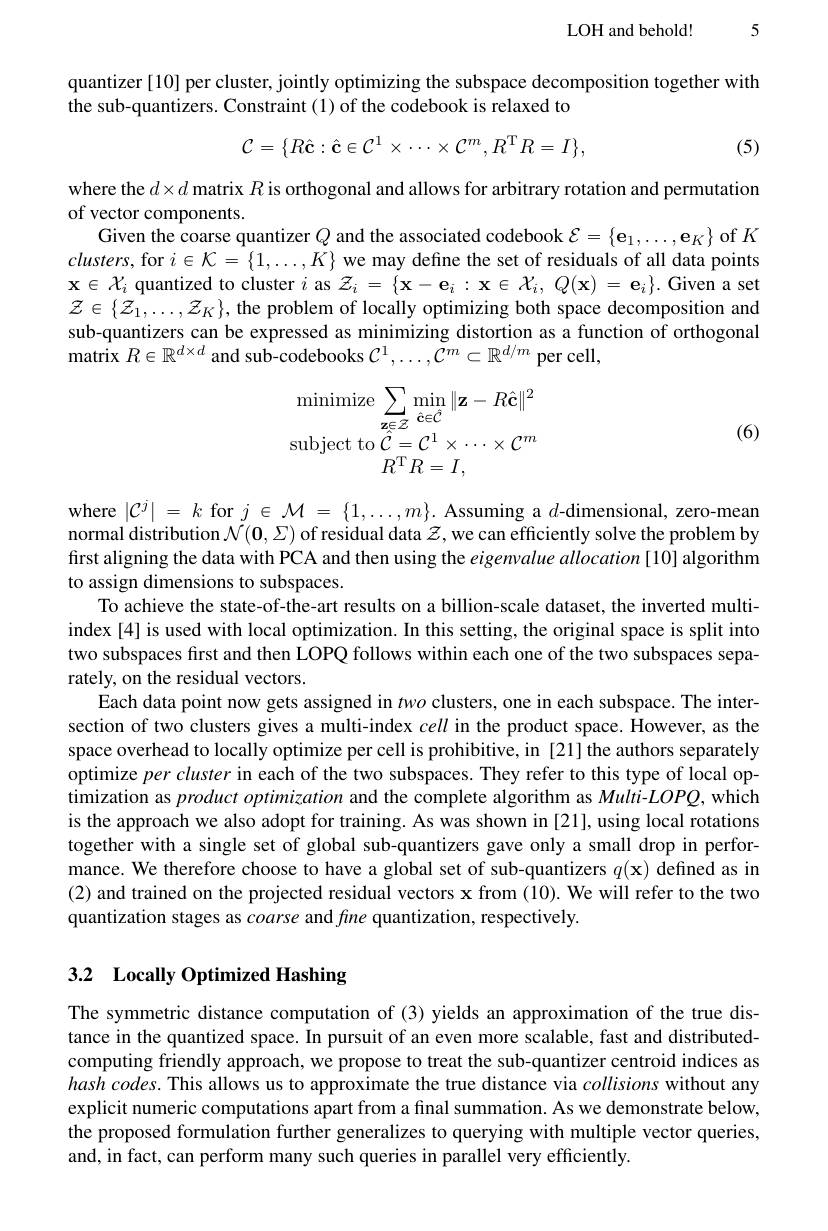
LOH and behold!

quantizer [10] per cluster, jointly optimizing the subspace decomposition together with
the sub-quantizers. Constraint (1) of the codebook is relaxed to
$$\mathcal{C}=\{R\hat{\mathbf{c}}:\hat{\mathbf{c}}\in\mathcal{C}^{1}\times\cdots\times\mathcal{C}^{m},R^{\mathrm{T}}R=I\},$$
(5)

where the $d\times d$ matrix $R$ is orthogonal and allows for arbitrary rotation and permutation
of vector components.
Given the coarse quantizer $Q$ and the associated codebook $\mathcal{E}=\{\mathbf{e}_1,\ldots,\mathbf{e}_K\}$ of $K$ $clusters$, for $i\in\mathcal{K}=\{1,\ldots,K\}$ we may define the set of residuals of all data points $\mathbf{x}\in\mathcal{X}_i$ quantized to cluster $i$ as $\mathcal{Z}_i=\{\mathbf{x}-\mathbf{e}_i:\mathbf{x}\in\mathcal{X}_i,Q(\mathbf{x})=\mathbf{e}_i\}.$ Given a set $\mathcal{Z}\in\{\mathcal{Z}_1,\ldots,\mathcal{Z}_K\}$, the problem of locally optimizing both space decomposition and sub-quantizers can be expressed as minimizing distortion as a function of orthogonal $\hat{\mathrm{matrix~}}R\in\mathbb{R}^{d\times d}$ and sub-codebooks $\mathcal{C}^1,\ldots,\tilde{\mathcal{C}}^m\subset\mathbb{R}^{d/m}$ per cell,
$$\begin{array}{l}\text{minimize}\sum\limits_{\mathbf{z}\in\mathcal{Z}}\min\limits_{\hat{\mathbf{c}}\in\hat{\mathcal{C}}}\|\mathbf{z}-R\hat{\mathbf{c}}\|^2\\\text{subject to}\hat{\mathcal{C}}=\mathcal{C}^1\times\cdots\times\mathcal{C}^m\\R^\mathrm{T}R=I,\end{array}$$
(6)

where $|\mathcal{C}^{j}|=k$ for $j\in\mathcal{M}=\{1,\ldots,m\}.$ Assuming a $d$-dimensional, zero-mean normal distribution $\mathcal{N}(\mathbf{0},\Sigma)$ of residual data $\mathcal{Z}$, we can efficiently solve the problem by first aligning the data with PCA and then using the eigenvalue allocation [10] algorithm to assign dimensions to subspaces.
To achieve the state-of-the-art results on a billion-scale dataset, the inverted multiindex [4] is used with local optimization. In this setting, the original space is split into two subspaces first and then LOPQ follows within each one of the two subspaces separately, on the residual vectors.
Each data point now gets assigned in two clusters, one in each subspace. The intersection of two clusters gives a multi-index cell in the product space. However, as the space overhead to locally optimize per cell is prohibitive, in [21] the authors separately optimize percluster in each of the two subspaces. They refer to this type of local optimization as product optimization and the complete algorithm as Multi-LOPQ, which is the approach we also adopt for training. As was shown in [21], using local rotations together with a single set of global sub-quantizers gave only a small drop in performance. We therefore choose to have a global set of sub-quantizers $q(\mathbf{x})$ defined as in (2) and trained on the projected residual vectors x from (10). We will refer to the two quantization stages as coarse and fine quantization, respectively.

# 3.2 Locally Optimized Hashing

The symmetric distance computation of (3) yields an approximation of the true distance in the quantized space. In pursuit of an even more scalable, fast and distributedcomputing friendly approach, we propose to treat the sub-quantizer centroid indices as $hash\textit{codes. This allows us to approximate the true distance via collisions without any}$ explicit numeric computations apart from a final summation. As we demonstrate below, the proposed formulation further generalizes to querying with multiple vector queries, and, in fact, can perform many such queries in parallel very efficiently